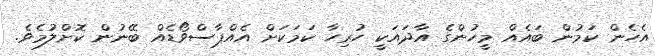
އެހެން ކަމުން ބައެއް މީހުންގެ އާދައަކީ ހުރިހާ ކަމަކަށް އެއްޕާސްވޯޑެއް ބޭނުން ކޮށްލުމެވެ.